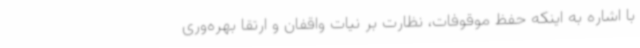
با اشاره به اینکه حفظ موقوفات، نظارت بر نیات واقفان و ارتقا بهره‌وری